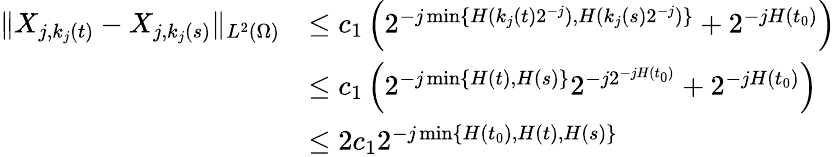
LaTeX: \begin{array}{rl}{\| X_{j,k_{j}(t)}-X_{j,k_{j}(s)}\| _{L^{2}(\Omega)}}&{\leq c_{1}\left(2^{-j\operatorname*{min}\{ H(k_{j}(t)2^{-j}),H(k_{j}(s)2^{-{j}})\} }+2^{-jH(t_{0})}\right)}\\ &{\leq c_{1}\left(2^{-j\operatorname*{min}\{ H(t),H(s)\} }2^{-j2^{-jH(t_{0})}}+2^{-jH(t_{0})}\right)}\\ &{\leq 2c_{1}2^{-j\operatorname*{min}\{ H(t_{0}),H(t),H(s)\} }}\end{array}